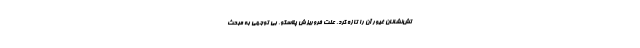
تش‌نشانان غیور آن را تازه کرد. علت فروریزش پلاسکو، بی توجهی به مبحث